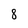
Character: 8